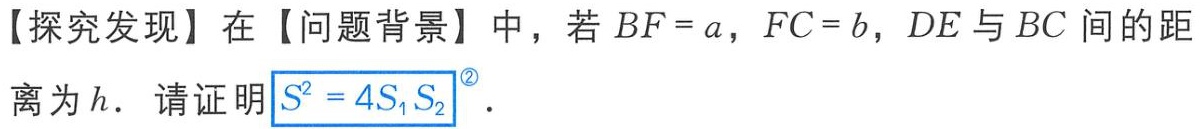
【探究发现】在【问题背景】中，若 \(BF = a\)，\(FC = b\)，\(DE\) 与 \(BC\) 间的距离为 \(h\)．请证明 \(\boxed{S^{2}=4S_{1}S_{2}}^{\textcircled{2}}\)．